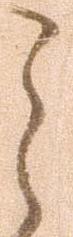
之